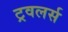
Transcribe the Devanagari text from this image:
ट्रवलर्स